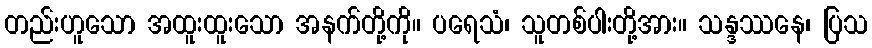
တည်းဟူသော အထူးထူးသော အနက်တို့ကို။ ပရေသံ၊ သူတစ်ပါးတို့အား။ သန္ဒဿနေ၊ ပြသ